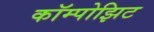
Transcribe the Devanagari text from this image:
कॉम्पोझिट